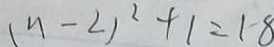
( n - 2 ) ^ { 2 } + 1 = 1 8